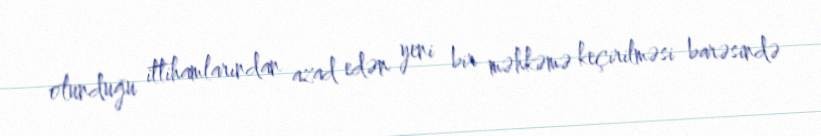
olunduğu ittihamlarından azad edən yeni bir məhkəmə keçirilməsi barəsində